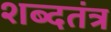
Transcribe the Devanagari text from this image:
शब्दतंत्र